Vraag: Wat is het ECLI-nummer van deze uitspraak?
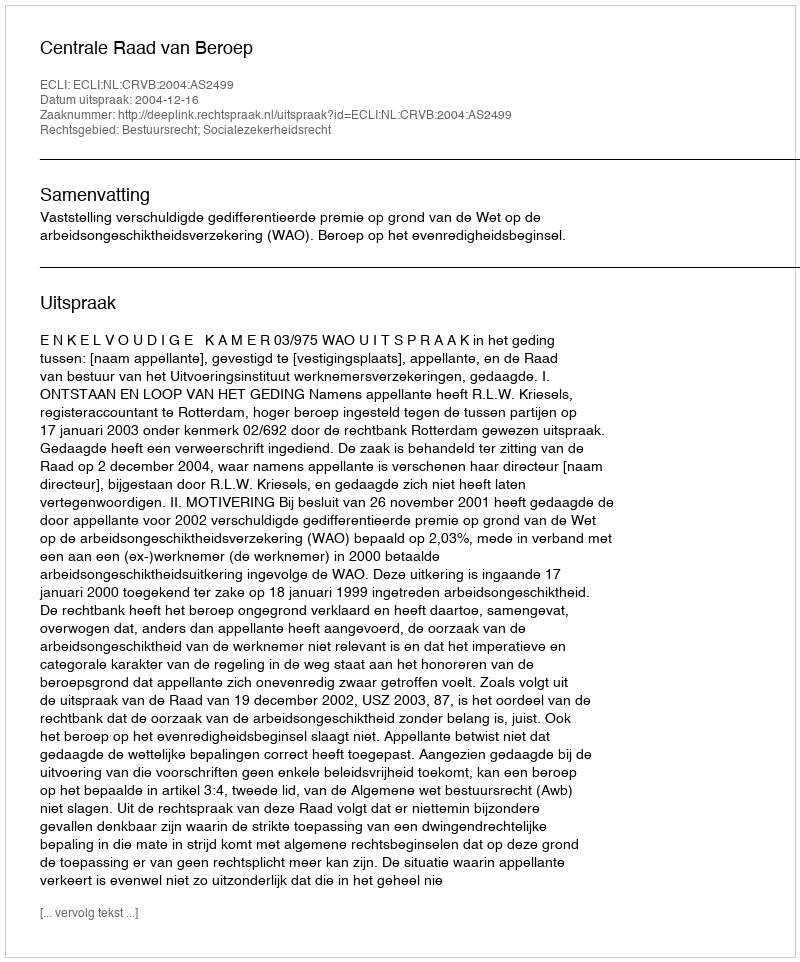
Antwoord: ECLI:NL:CRVB:2004:AS2499